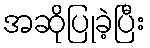
အဆိုပြုခဲ့ပြီး